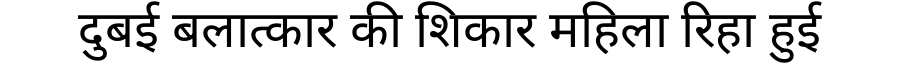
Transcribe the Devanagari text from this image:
दुबई बलात्कार की शिकार महिला रिहा हुई